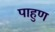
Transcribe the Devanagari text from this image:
पाहुण